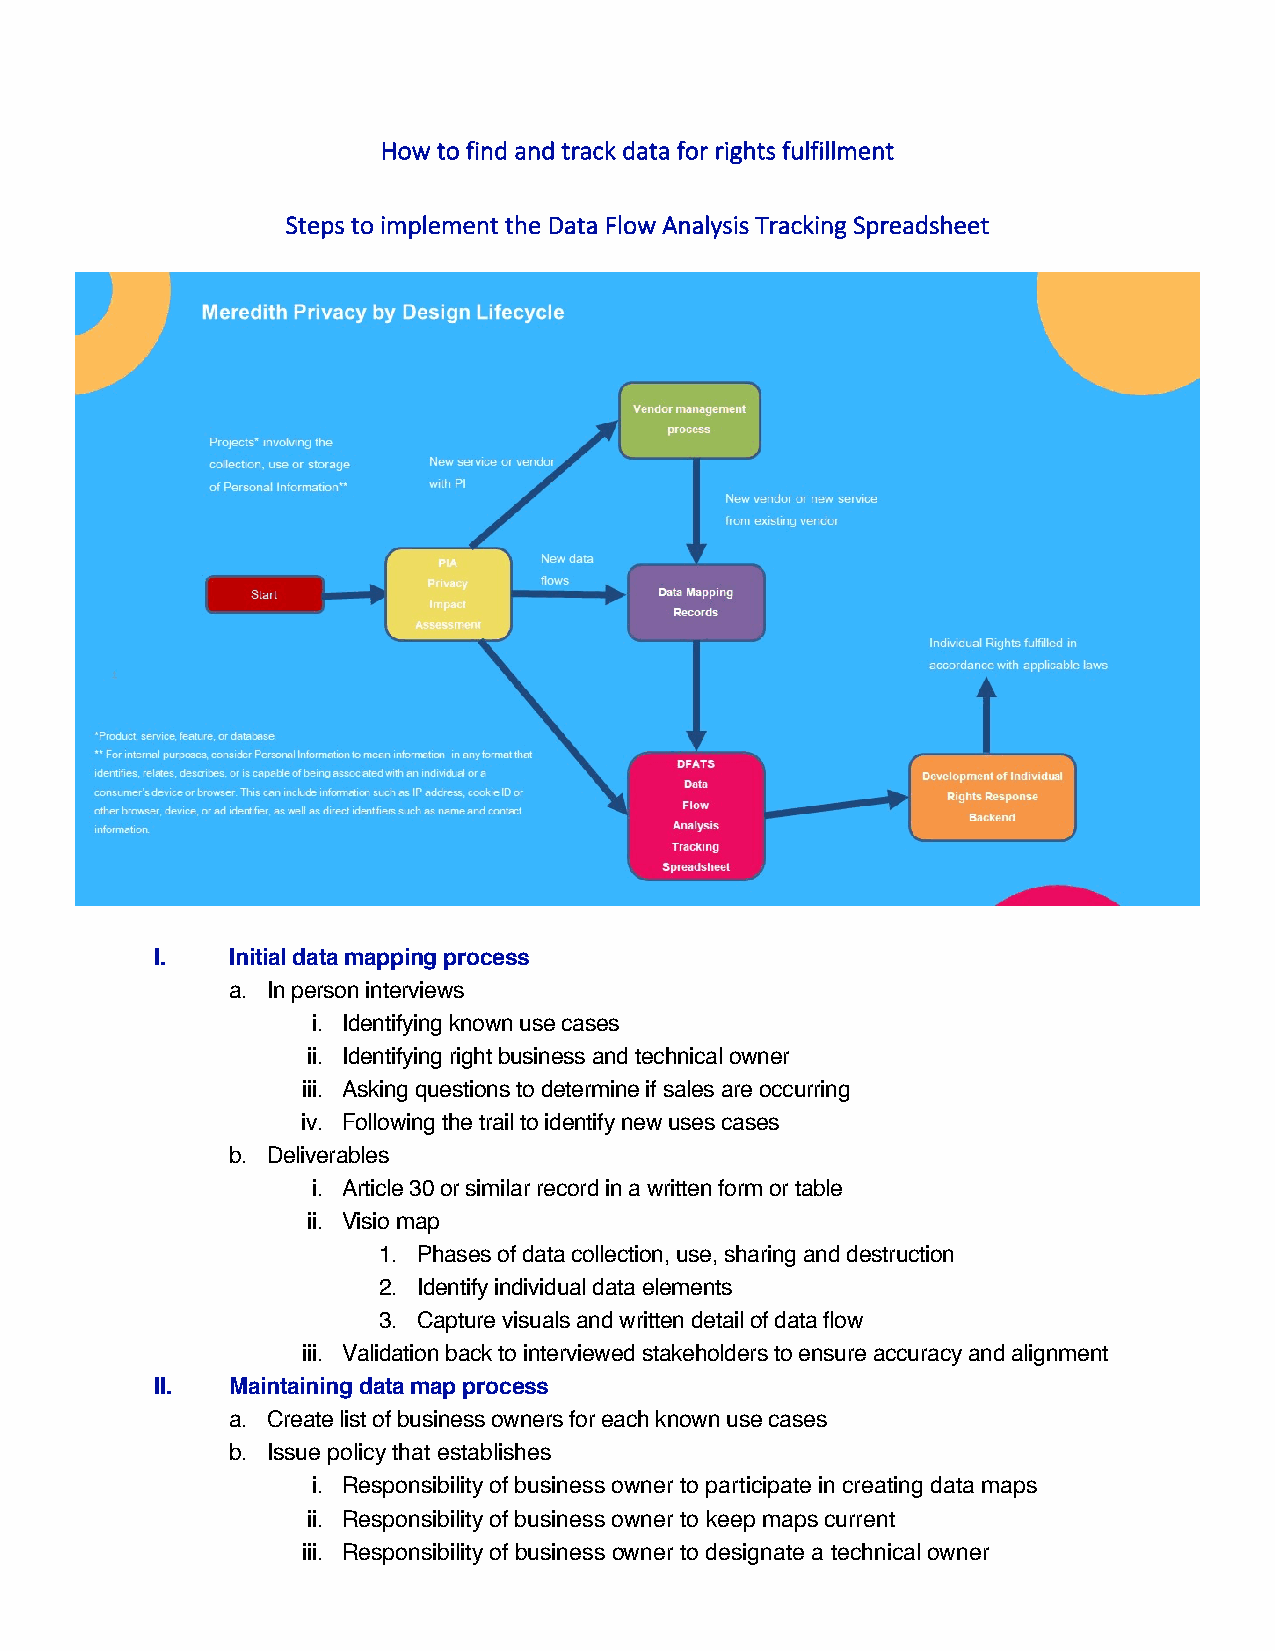
How to find and track data for rights fulfillment
 Steps to implement the Data Flow Analysis Tracking Spreadsheet
 I.   Initial data mapping process
 a. In person interviews
 i. Identifying known use cases
 ii. Identifying right business and technical owner
 iii. Asking questions to determine if sales are occurring
 iv. Following the trail to identify new uses cases
 b. Deliverables
 i. Article 30 or similar record in a written form or table
 ii. Visio map
 1. Phases of data collection, use, sharing and destruction
 2. Identify individual data elements
 3. Capture visuals and written detail of data flow
 iii. Validation back to interviewed stakeholders to ensure accuracy and alignment
 II.  Maintaining data map process
 a. Create list of business owners for each known use cases
 b. Issue policy that establishes
 i. Responsibility of business owner to participate in creating data maps
 ii. Responsibility of business owner to keep maps current
 iii. Responsibility of business owner to designate a technical owner